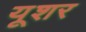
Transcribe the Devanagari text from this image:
यूशर